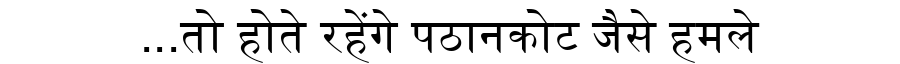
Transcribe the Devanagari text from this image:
...तो होते रहेंगे पठानकोट जैसे हमले